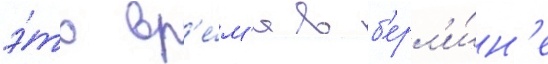
э́то вр'е́м'я в б'ерл'и́н'е